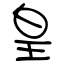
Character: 皇